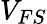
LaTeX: V_{FS}